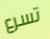
تسرع